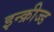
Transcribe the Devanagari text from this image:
इन्क्रीज्ड